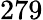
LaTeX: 279